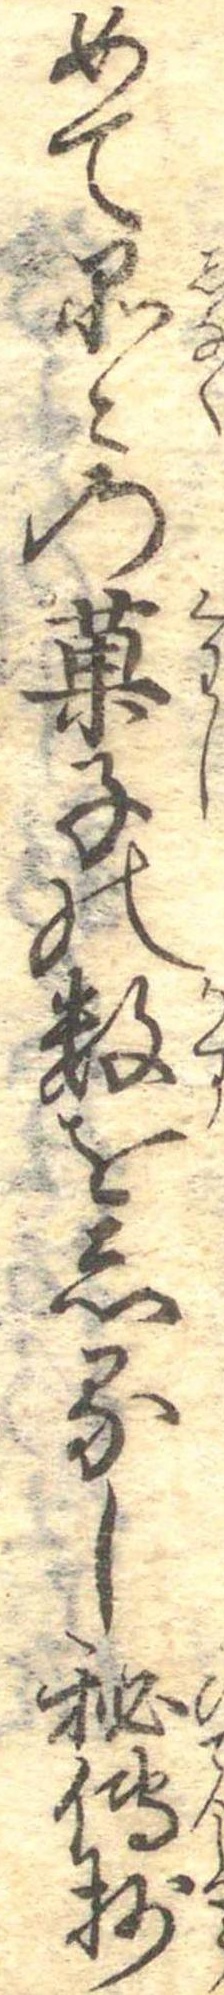
めて品〻の菓子の数をしるし秘伝抄